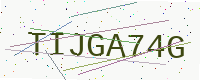
Text: TIJGA74G